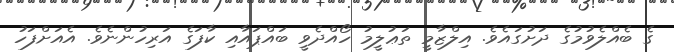
ގެ ބެއްލެވުމުގެ ދަށުގައެވެ. އިލްޒާމީ ތަޢުލީމު ހޯއްދެވީ ބައްޕައާއި ކާފަގެ އަރިހުންނެވެ. އެއަށްފަހު